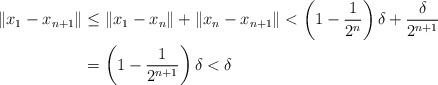
LaTeX: \begin{align*}\|x_1-x_{n+1}\|&\leq \|x_1-x_n\|+\|x_n-x_{n+1}\|< \left( 1-\frac{1}{2^n}\right)\delta+\frac{\delta}{2^{n+1}}\\&= \left( 1-\frac{1}{2^{n+1}}\right)\delta<\delta\end{align*}